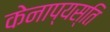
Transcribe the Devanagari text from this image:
केनाप्यस्ति